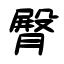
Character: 臀